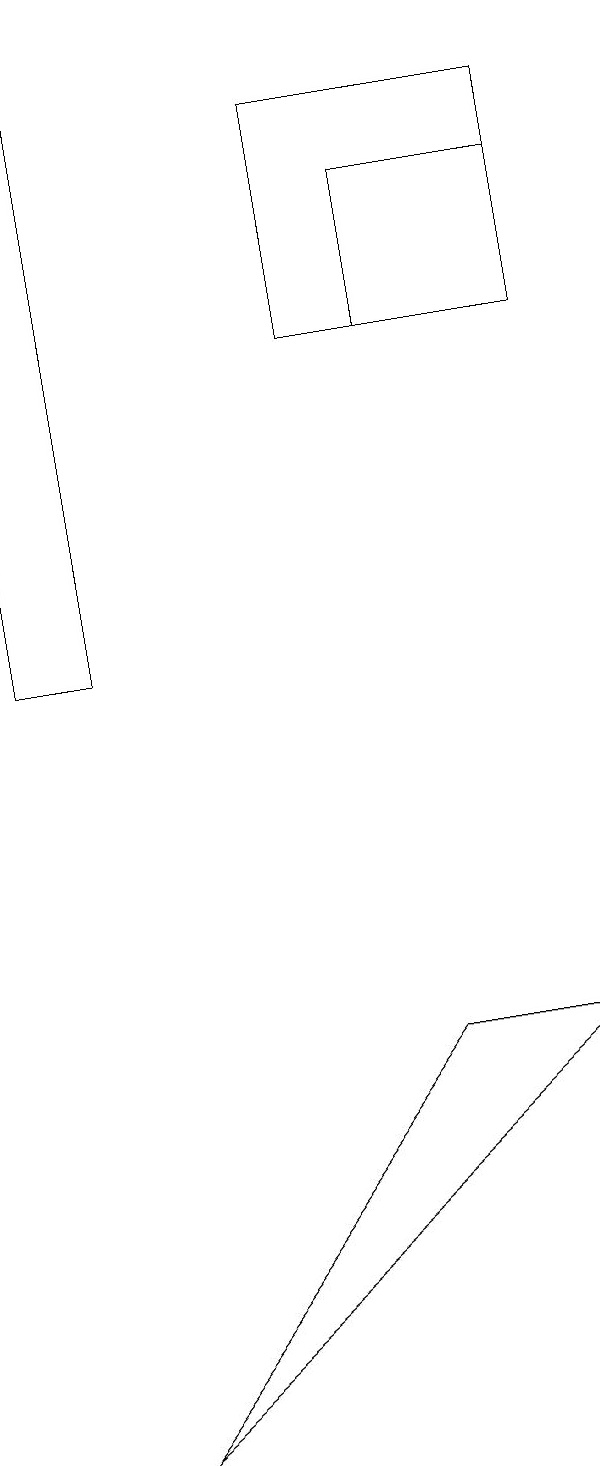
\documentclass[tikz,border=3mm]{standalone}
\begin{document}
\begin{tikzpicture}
\draw (5,17) rectangle (8,14);
\draw (6,16) rectangle (8,14);
\draw (1,18) rectangle (2,10);
\draw (2,0) -- (8,5) -- (6,5) -- cycle;
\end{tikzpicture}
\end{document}